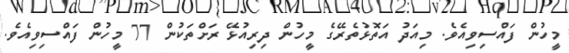
މީހުން ފައްސިވިއެވެ. މިއަދު އަތޮޅުތެރޭގެ މީހުން ދިރިއުޅޭ ރަށްތަކުން 77 މީހުން ފައްސިވިއެވެ.